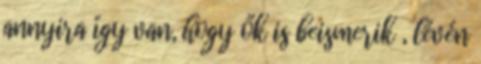
annyira így van, hogy ők is beismerik , lévén